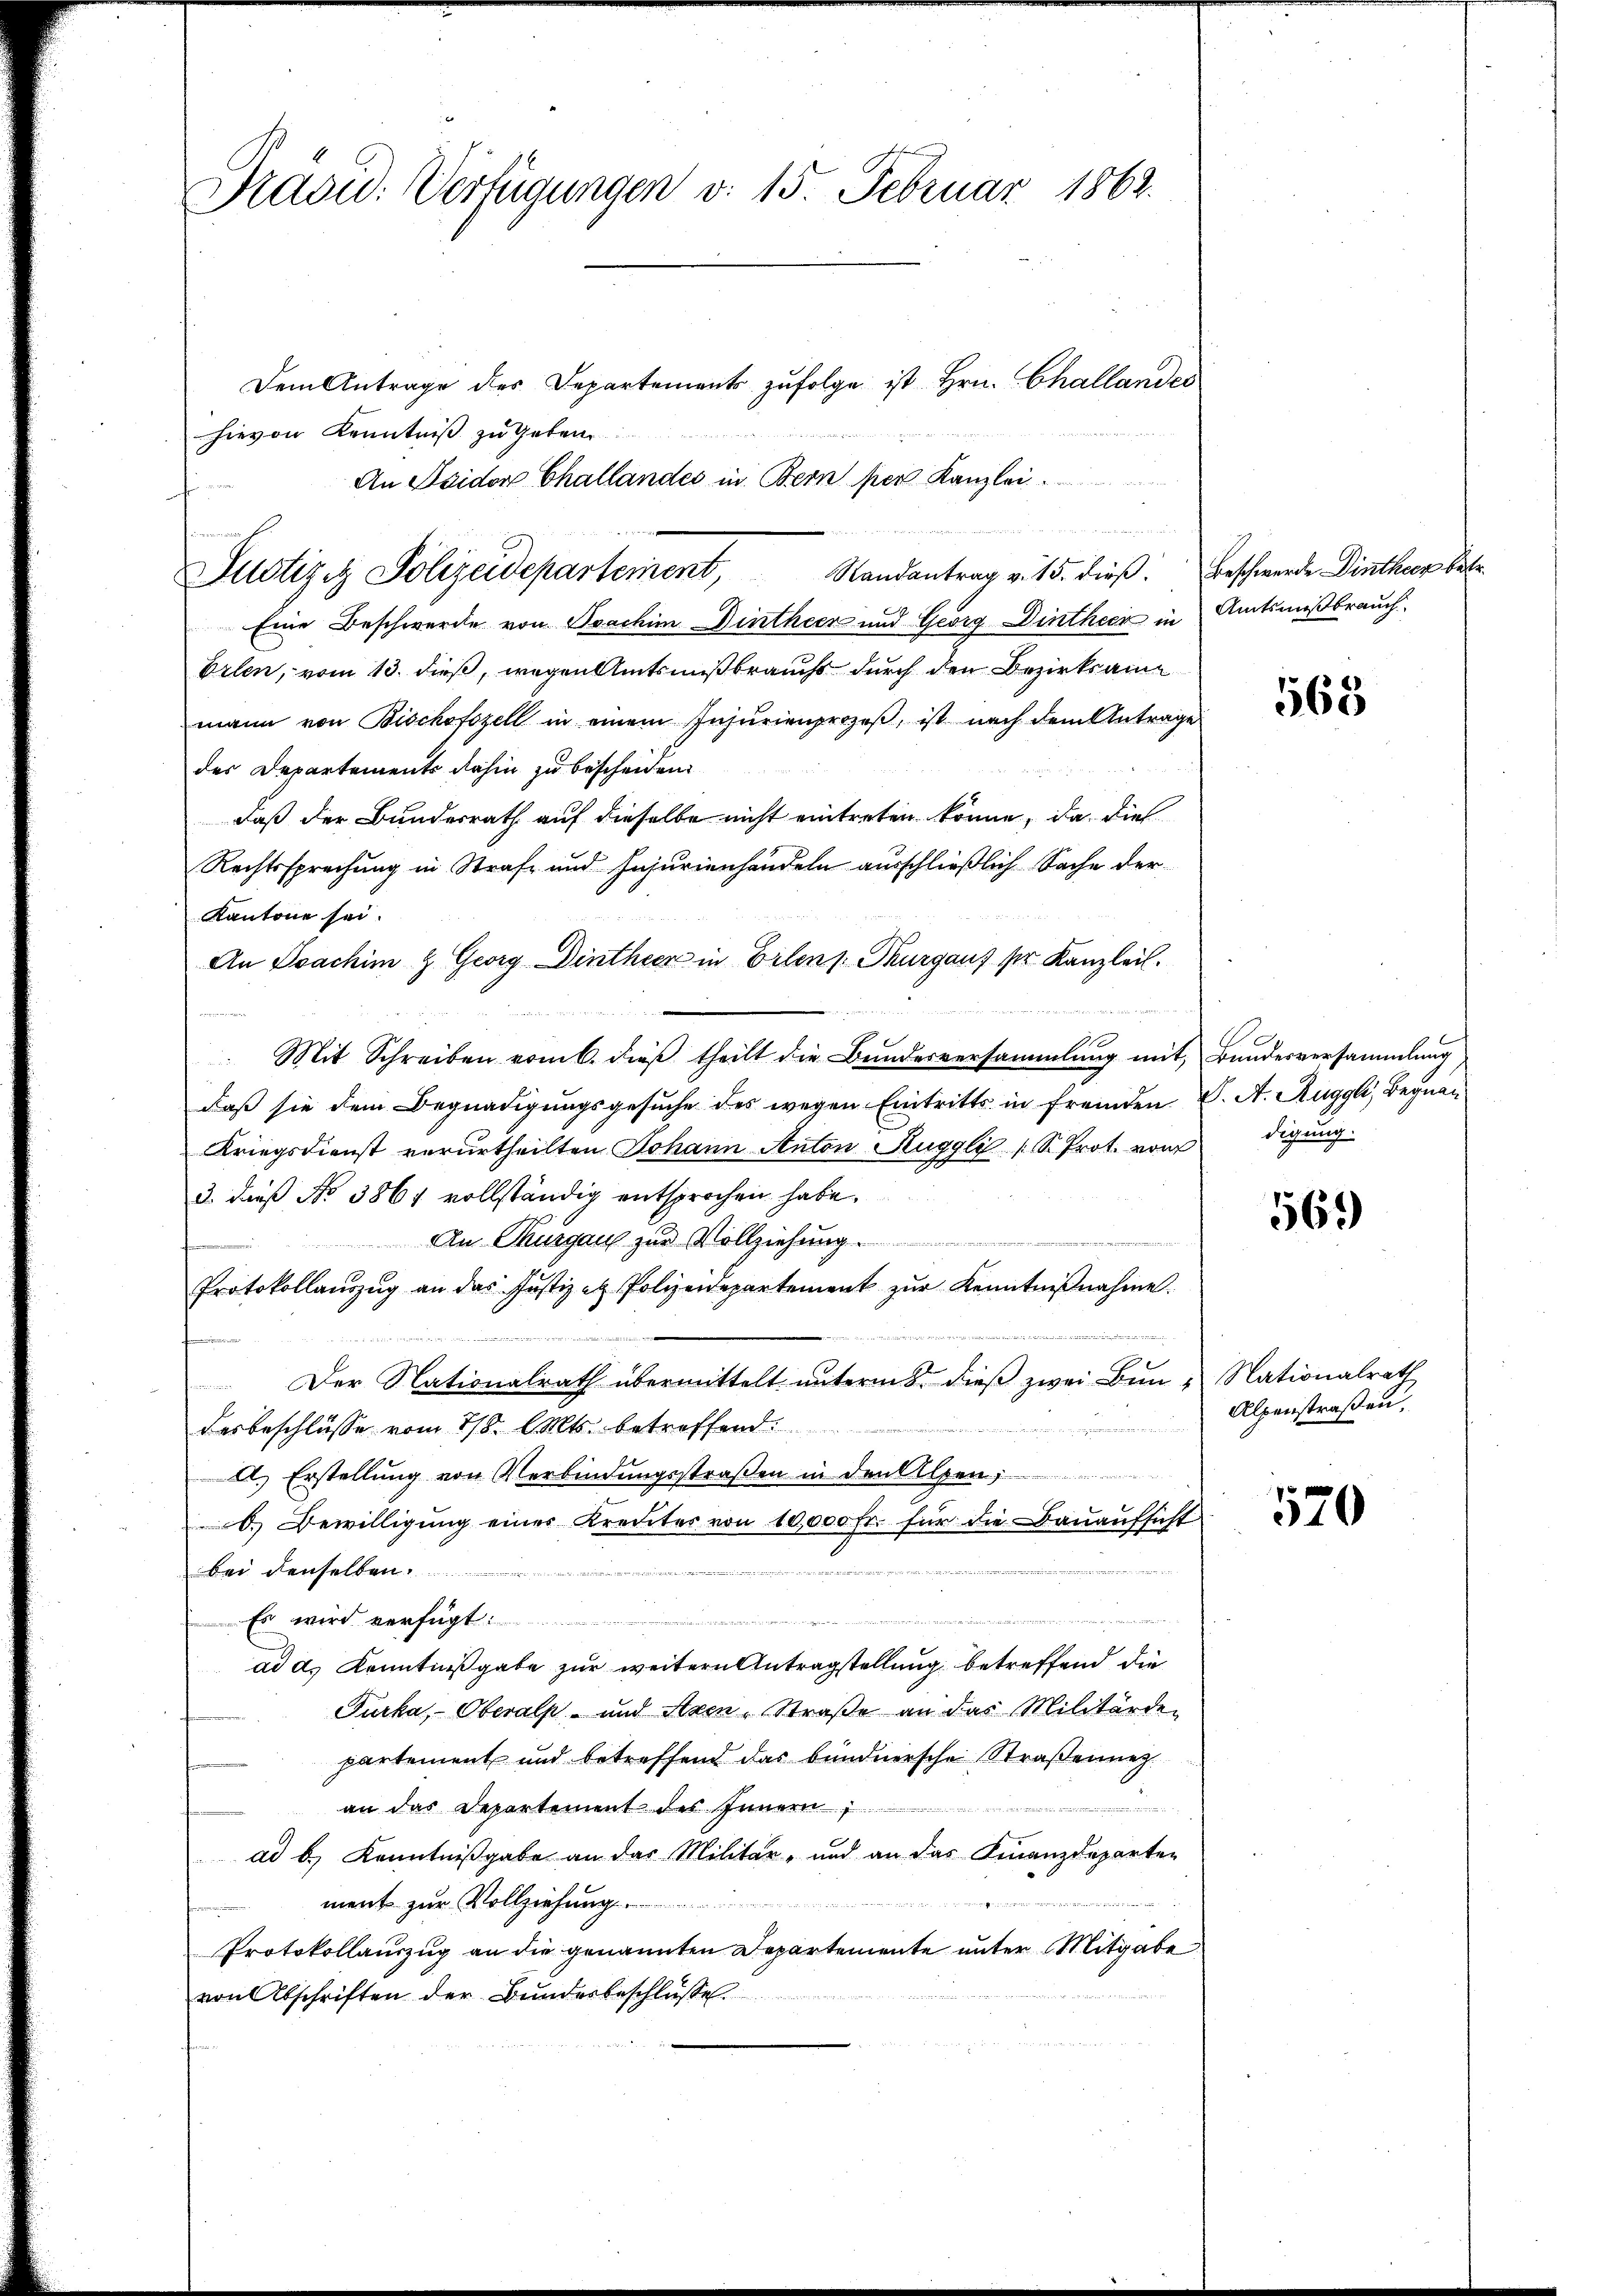
Präsid: Verfügungen v. 15. Februar 1862.

Dem Antrage des Departement zŭfolge ist Hrn. Challandes
hievon Kenntniß zu geben
An Seider Challandes in Bern per Kanzlei
Justiziz Polizeidepartement, Randantrag v. 15. dieβ. Beschwerde Dinther betr
Eine Beschwerde von Boachim Dintheen und Georg Dintheer in Amtsmißbrauch
Erlen, vom 13. dieß, wegen Amtsnißbrauchs durch den Bezirksam
mann von Bischofszell in einem Insurienprozeβ, ist nach dem Antrage
des Departements dahin zu bescheiden
daß der Bundesrath auf dieselbe nicht eintreten könne, da dies
Rechtssprechung in Strafe und Injurienhandeln ausschließlich Sache der
Kantone sei.
An Joachim & Georg Dintheer in Erlens Thurgaus pr. Kanzleil.
ee der
Mit Schreiben vom 6. dieß theilt die Bundesversammlung mit Bundesversammlung
daß sie dem Begnadigungsgesuche des wegen Eintritts in fremden V. A. Ruggli, Begnau
Kriegsdienst verurtheilten Johann Anton Buggli (S. Prot. von digung
3. dieß No 3861 vollständig entsprochen habe.
Belegen
An Thurgau zur Vollziehung
femmen
Protokollaŭszŭg an das Justiz et Polizeidepartement zŭr Kenntniβnahme.
t
m
Der Nationalrath übermittelt unterm 8. dieß zwei Bin Nationalrath
desbeschlüsse vom 218. Mts. betreffend
A.) Erstellung von Verbindungsstraßen in den Alpen,
d.) Bewilligung einer Kreister von 10,000 Fr. für die Bauaufsicht

bei denselben
Es wird verfügt:
ad ds Kenntnißgabe zur weitern Antragstellung betreffend die
Furka, Oberals- und Aren, Straße an das Militärde-
partement und betreffend das bündnersche Straßennez
an das Departement des Innern
ad b.) Kenntnißgabe an das Militär- und an das Finanzdeparten
ment zur Vollziehung
Protokollauszug an die genannten Departemente unter Mitgabe
von Abschriften der Bŭndesbeschlüsse.

568

569)

Alpenstraßen,

520